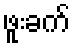
ဖူးခက်